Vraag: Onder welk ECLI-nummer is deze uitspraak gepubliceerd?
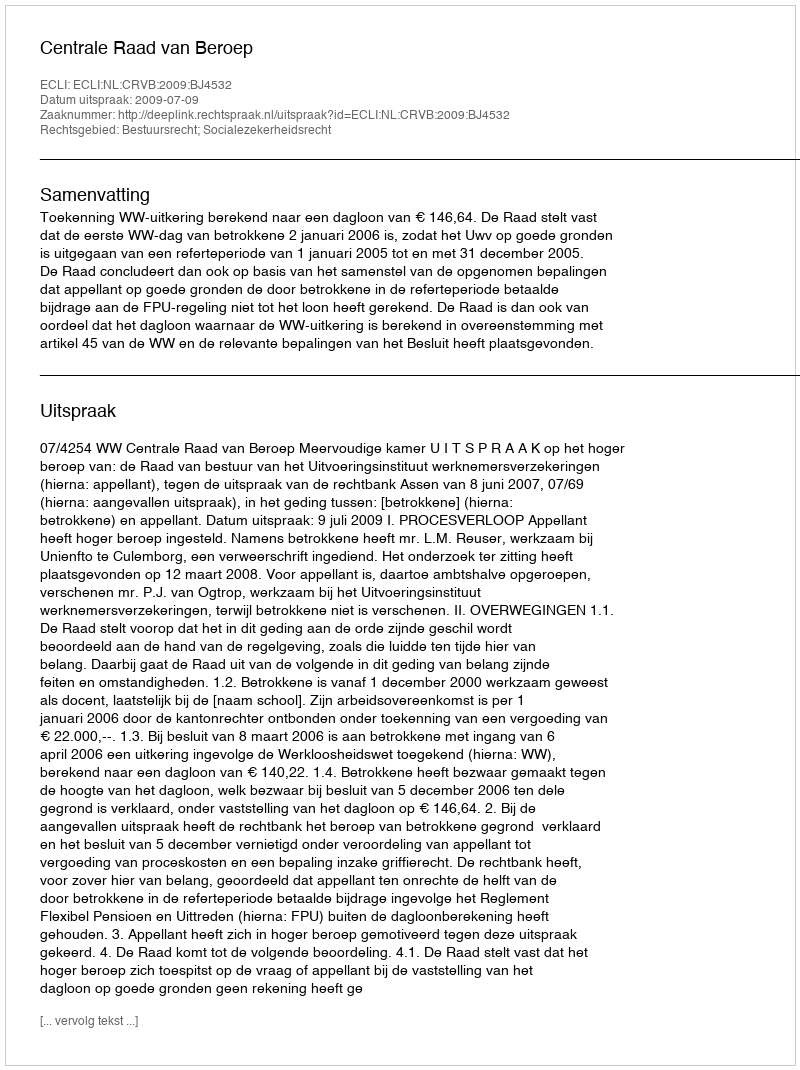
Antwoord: ECLI:NL:CRVB:2009:BJ4532